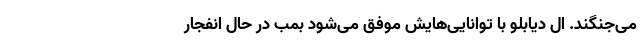
می‌جنگند. ال دیابلو با توانایی‌هایش موفق می‌شود بمب در حال انفجار